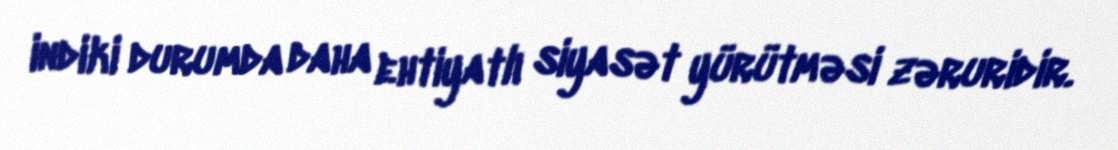
indiki durumda daha ehtiyatlı siyasət yürütməsi zəruridir.